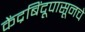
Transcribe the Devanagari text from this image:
केंद्रबिंदूपासूनचे